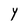
Character: Y